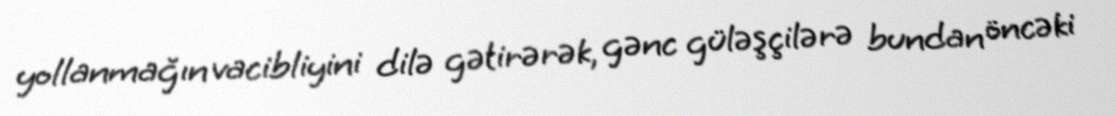
yollanmağın vacibliyini dilə gətirərək, gənc güləşçilərə bundan öncəki